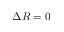
\Delta R = 0